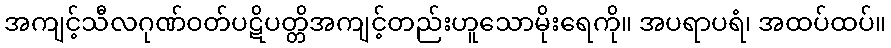
အကျင့်သီလဂုဏ်ဝတ်ပဋိပတ္တိအကျင့်တည်းဟူသောမိုးရေကို။ အပရာပရံ၊ အထပ်ထပ်။